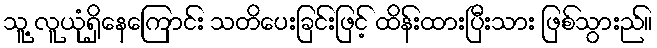
သူ့ လူယုံရှိနေကြောင်း သတိပေးခြင်းဖြင့် ထိန်းထားပြီးသား ဖြစ်သွားည်။